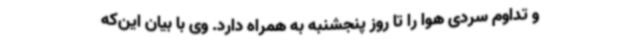
و تداوم سردی هوا را تا روز پنجشنبه به همراه دارد. وی با بیان این‌که